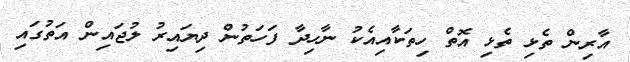
އާރިން ތެޅި ތެޅި އޮތް ހިތަކާއިއެކު ނާހިދާ ފަހަތުން ދިޔައިރު ލުޖައިން އަތުގައި